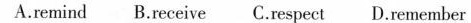
A.remind B.Receive C.Respect D.Remember